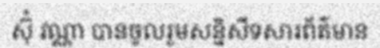
ស៊ុំ វណ្ណា បានចូលរួមសន្និសីទសារព័ត៌មាន